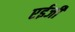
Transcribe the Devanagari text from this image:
एईजी